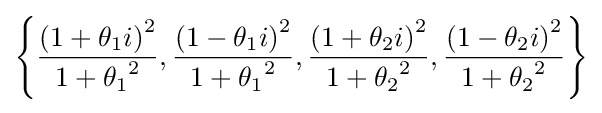
\left\{{\frac {\left(1+\theta _{1}i\right)^{2}}{1+{\theta _{1}}^{2}}},{\frac {\left(1-\theta _{1}i\right)^{2}}{1+{\theta _{1}}^{2}}},{\frac {\left(1+\theta _{2}i\right)^{2}}{1+{\theta _{2}}^{2}}},{\frac {\left(1-\theta _{2}i\right)^{2}}{1+{\theta _{2}}^{2}}}\right\}